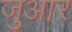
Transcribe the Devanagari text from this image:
जुआर